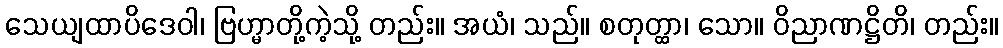
သေယျထာပိဒေဝါ၊ ဗြဟ္မာတို့ကဲ့သို့ တည်း။ အယံ၊ သည်။ စတုတ္ထာ၊ သော။ ဝိညာဏဋ္ဌိတိ၊ တည်း။